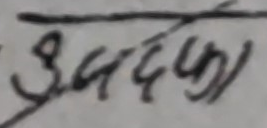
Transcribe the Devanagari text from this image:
उजदफा